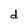
Character: d